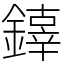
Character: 𨬟